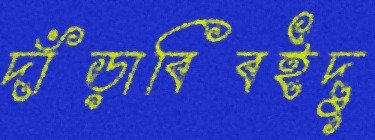
দাঁড়াবিবইদু